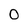
Character: O